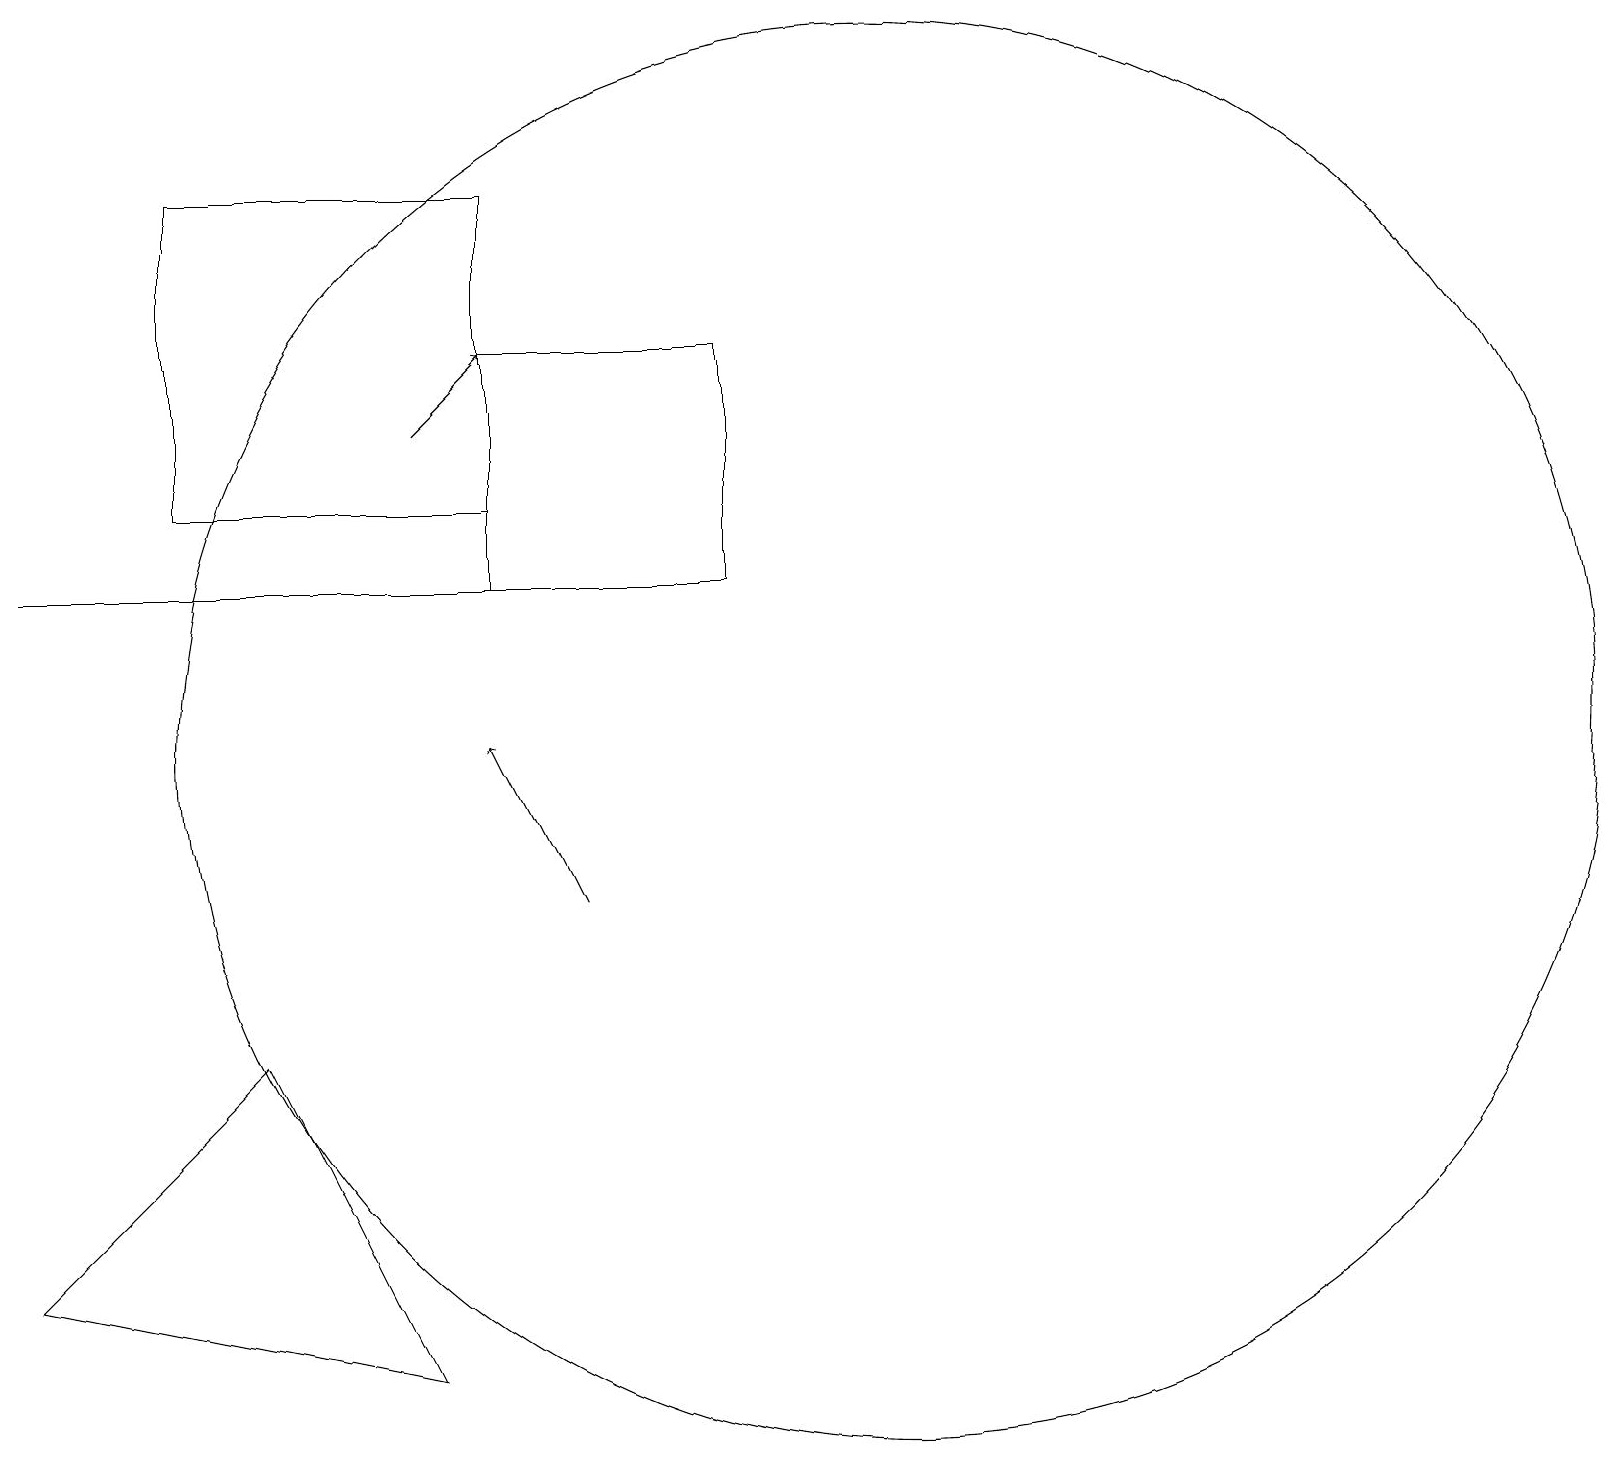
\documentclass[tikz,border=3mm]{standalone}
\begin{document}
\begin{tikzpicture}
\draw[->] (5,16) -- (6,17);
\draw (6,19) rectangle (2,15);
\draw[->] (7,10) -- (6,12);
\draw (5,4) -- (0,5) -- (3,8) -- cycle;
\draw (11,12) circle (9);
\draw (6,14) rectangle (9,17);
\draw (9,14) rectangle (0,14);
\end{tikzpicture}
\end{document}